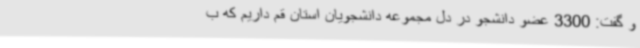
و گفت: 3300 عضو دانشجو در دل مجموعه دانشجویان استان قم داریم که ب